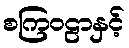
စကြဝဠာနှင့်